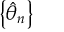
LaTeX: \left\{ { \hat { \theta } } _ { n } \right\}